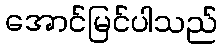
အောင်မြင်ပါသည်